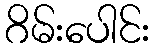
ဂိမ်းပေါင်း